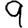
Digit: 9